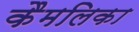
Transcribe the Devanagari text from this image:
कैमलिका